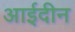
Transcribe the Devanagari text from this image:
आईदीन